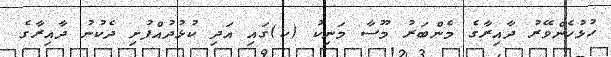
ހުޅުހެންވޭރު ދާއިރާގެ މެންބަރު މޫސާ މަނިކު (ކ)ގައި އަދި ކުޅުދުއްފުށި ދެކުނު ދާއިރާގެ